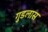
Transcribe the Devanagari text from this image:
गुडलास